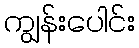
ကျွန်းပေါင်း